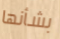
بشأنها